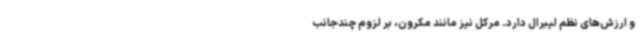
و ارزش‌های نظم لیبرال دارد. مرکل نیز مانند مکرون، بر لزوم چندجانب